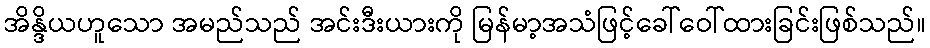
အိန္ဒိယဟူသော အမည်သည် အင်းဒီးယားကို မြန်မာ့အသံဖြင့်ခေါ်ဝေါ်ထားခြင်းဖြစ်သည်။